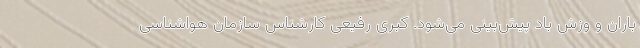
باران و وزش باد پیش‌بینی می‌شود. کبری رفیعی کارشناس سازمان هواشناسی